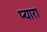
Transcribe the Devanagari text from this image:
प्‍यारा